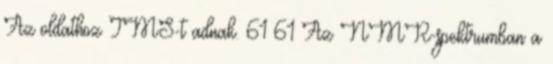
Az oldathoz TMS-t adnak. 61 61 Az NMR-spektrumban a